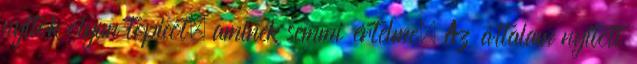
nyitok olyan topicot, aminek semmi értelme. Az általam nyitott